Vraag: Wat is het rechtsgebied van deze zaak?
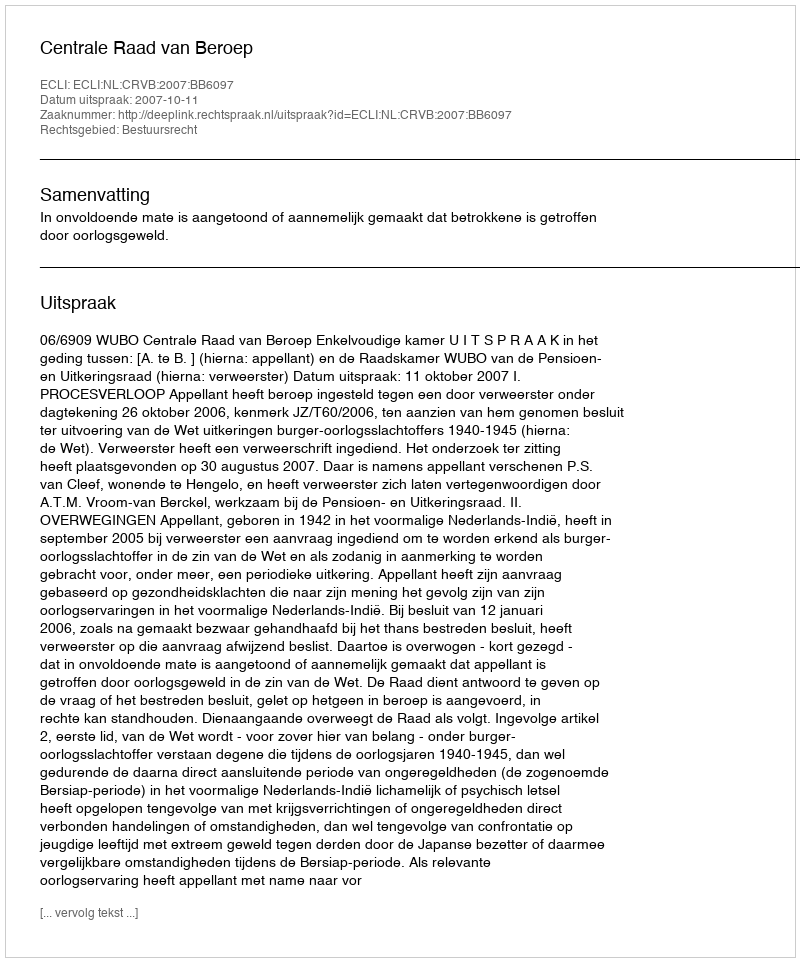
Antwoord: Bestuursrecht